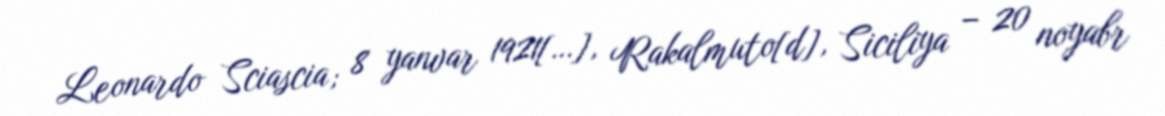
Leonardo Sciascia; 8 yanvar 1921[…], Rakalmuto[d], Siciliya – 20 noyabr